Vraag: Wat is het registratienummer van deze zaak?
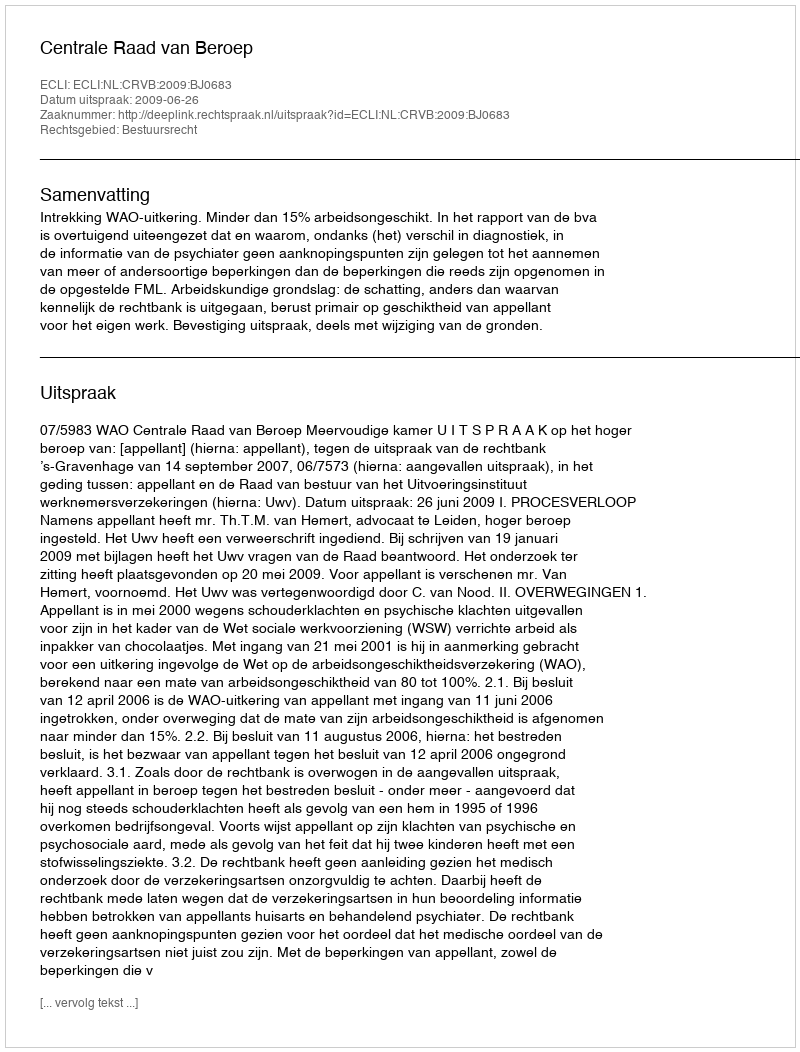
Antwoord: http://deeplink.rechtspraak.nl/uitspraak?id=ECLI:NL:CRVB:2009:BJ0683